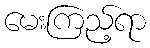
မေးကြည့်ရာ